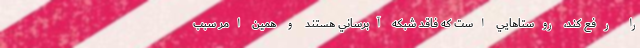
را رفع كند، روستاهايي است كه فاقد شبكه آبرساني هستند و همين امر سبب